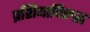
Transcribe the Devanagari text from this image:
प्रशियाविरुद्ध